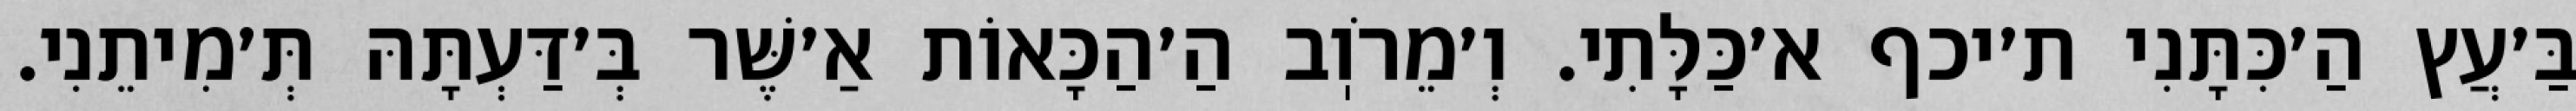
בַּ׳עֲץ הַ׳כִּתָּנִי ת׳יכף א׳כַּלָּתִי. וְ׳מֵרֹוֽב הַ׳הַכָּאוֹת אַ׳שֶּׁר בְּ׳דַּעְתָּהּ תְּ׳מִיתֵנִי.